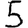
Digit: 5